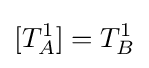
[T_{A}^{1}]=T_{B}^{1}